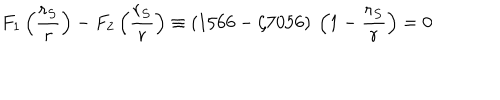
F _ { 1 } \left( \frac { r _ { S } } { r } \right) - F _ { 2 } \left( \frac { r _ { S } } { r } \right) \equiv \left( 1 5 6 6 - \zeta 7 0 5 6 \right) \: \left( 1 - \frac { r _ { S } } { r } \right) = 0